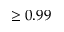
\geq 0 . 9 9